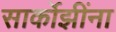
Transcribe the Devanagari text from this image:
सार्कोझींना